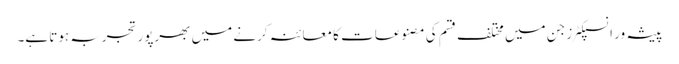
پیشہ ور انسپکٹرز جن میں مختلف قسم کی مصنوعات کا معائنہ کرنے میں بھرپور تجربہ ہوتا ہے۔